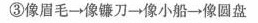
3. 短文中的裁缝师傅给月亮姑娘做了( )次衣裳。(4分)